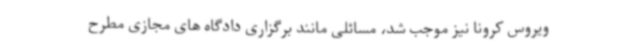
ویروس کرونا نیز موجب شد، مسائلی مانند برگزاری دادگاه های مجازی مطرح